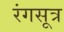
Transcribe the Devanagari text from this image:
रंगसूत्र